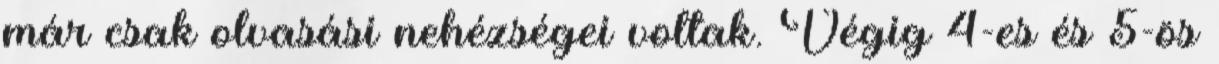
már csak olvasási nehézségei voltak. Végig 4-es és 5-ös